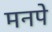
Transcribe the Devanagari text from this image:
मनपे